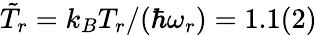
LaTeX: \tilde{T}_{r}=k_{B}T_{r}/(\hbar\omega_{r})=1.1(2)